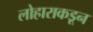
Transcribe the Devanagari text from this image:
लोहाराकडून